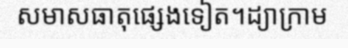
សមាសធាតុផ្សេងទៀត។ដ្យាក្រាម